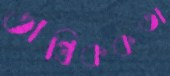
তান্ত্রিককতা